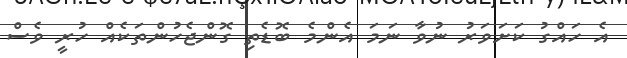
އެ ހައްގު ކަށަވަރު ނުވާ ނަމަ އެންމެ ބޮޑެތި ގޮންޖެހުންތަކެއް ހުރީ ވެސް